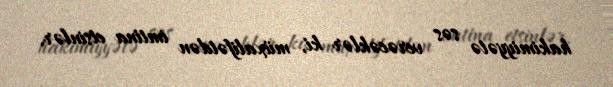
hakimiyyətə səs verəcəklər ki, müxalifətdən imtina etsinlər.